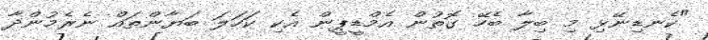
"ކެނޑިނޭޅި މި ބިލާ ބެހޭ ގޮތުން އެމްޑީޕީން އެކި ކަހަލަ ބަޔާންތައް ނެރެމުންދާ